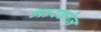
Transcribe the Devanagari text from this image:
मारकोज